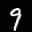
Label: 9